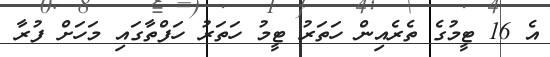
އެ 16 ޓީމުގެ ތެރެއިން ހަތަރު ޓީމު ހަތަރު ހަފްތާގައި މަހަށް ފުރާ